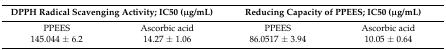
<table><thead><tr><td colspan="2"><b>DPPH Radical Scavenging Activity; IC50 (μg/mL)</b></td><td colspan="2"><b>Reducing Capacity of PPEES; IC50 (μg/mL)</b></td></tr></thead><tbody><tr><td>PPEES</td><td>Ascorbic acid</td><td>PPEES</td><td>Ascorbic acid</td></tr><tr><td>145.044 ± 6.2</td><td>14.27 ± 1.06</td><td>86.0517 ± 3.94</td><td>10.05 ± 0.64</td></tr></tbody></table>